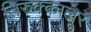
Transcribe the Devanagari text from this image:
तिरुक्कालूर